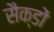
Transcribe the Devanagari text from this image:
सैक्डों